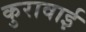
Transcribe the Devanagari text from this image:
कुरावाई